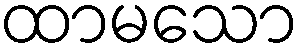
ထာမသော